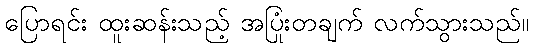
ပြောရင်း ထူးဆန်းသည့် အပြုံးတချက် လက်သွားသည်။